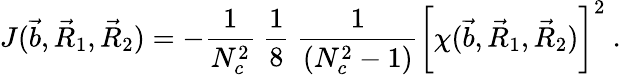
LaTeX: J(\vec{b},\vec{R}_{1},\vec{R}_{2})=-{\frac{1}{N_{c}^{2}}}\ {\frac{1}{8}}\ {\frac{1}{(N_{c}^{2}-1)}}\bigg[\chi(\vec{b},\vec{R}_{1},\vec{R}_{2})\bigg]^{2}~.